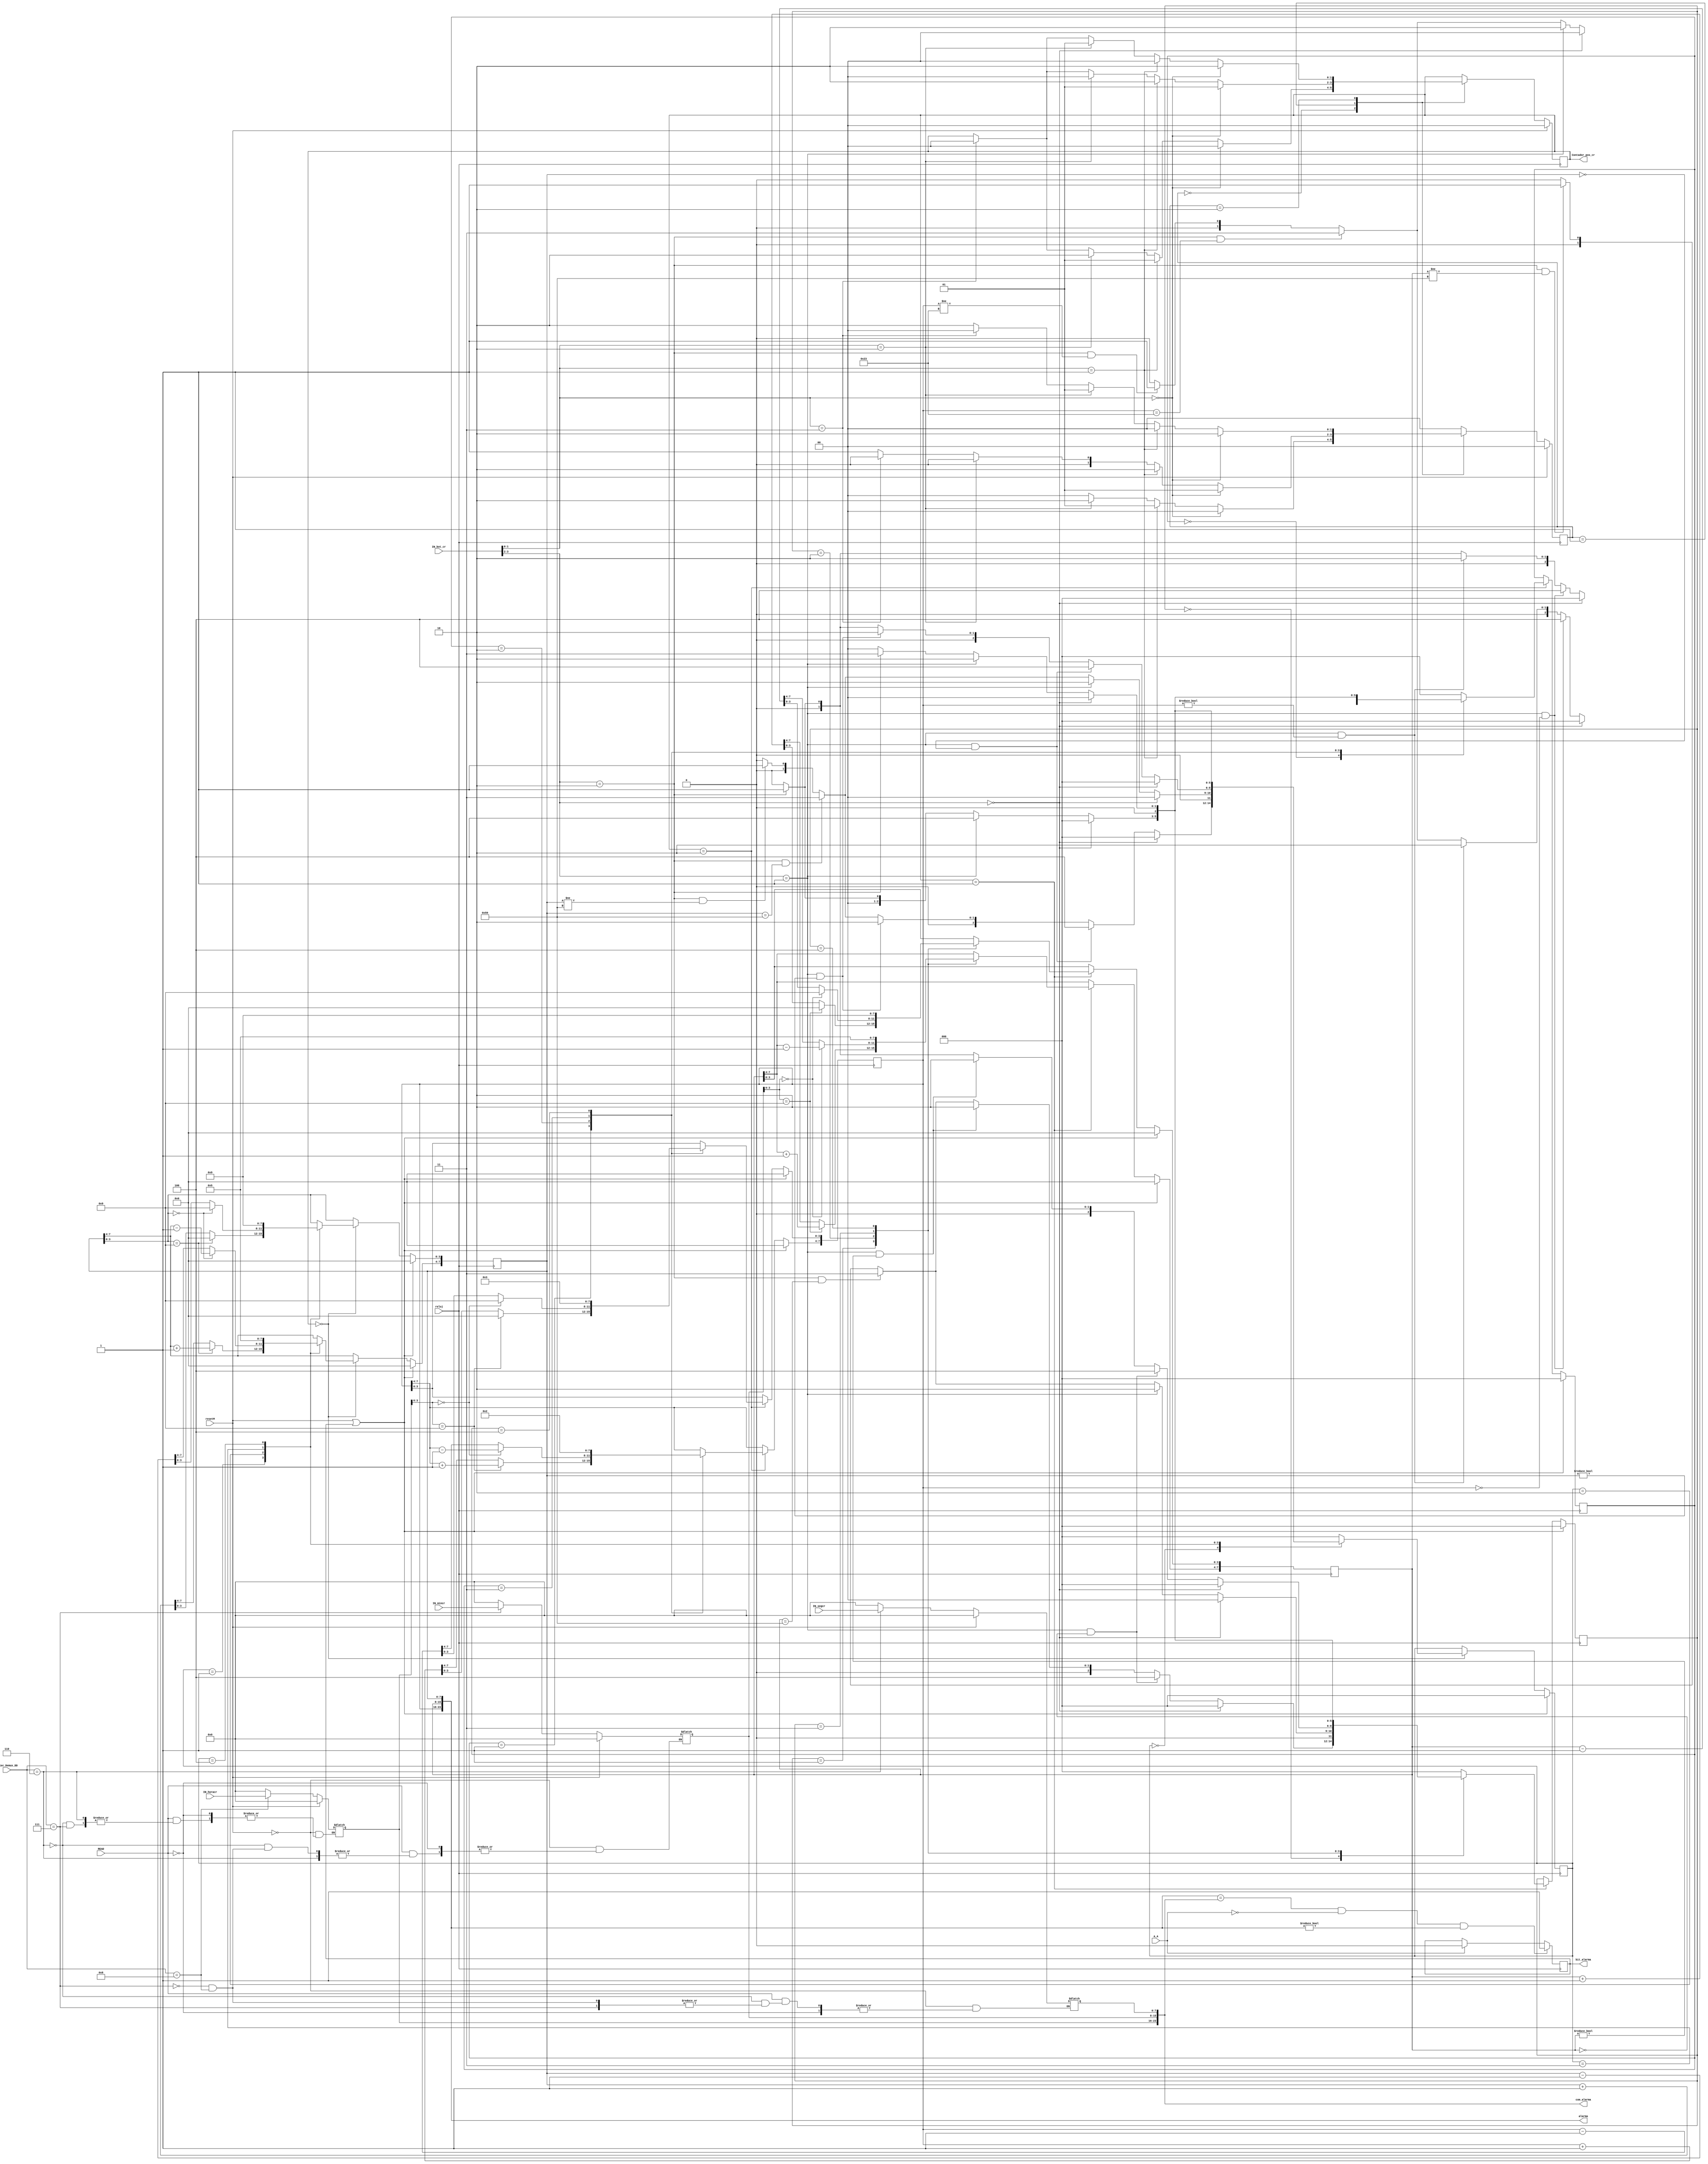
`timescale 1ns / 1ps
//////////////////////////////////////////////////////////////////////////////////
// Company: 
// Engineer: 
// 
// Design Name: 
// Module Name: bloque_crono
// Project Name: 
// Target Devices: 
// Tool Versions: 
// Description: 
// 
// Dependencies: 
// 
// Revision:
// Revision 0.01 - File Created
// Additional Comments:
// 
//////////////////////////////////////////////////////////////////////////////////


module bloque_crono(

output wire [23:0] alarma,
output wire [23:0] com_alarma,
output wire bit_alarma,
 output [1:0] Contador_pos_cr,

input wire [3:0] Selec_Demux_DD,
input wire [7:0] IN_segcr,
input wire [7:0] IN_mincr,
input wire [7:0] IN_horacr,
input wire reloj,
input wire resetM,
input wire [3:0] IN_bot_cr,
input A_A,
input READ


    );
 
 
 
 
 
 
 
 
 
 
  
 reg [7:0] dato_segcr = 8'd0;
 reg [7:0] dato_mincr = 8'd0;
 reg [7:0] dato_horacr = 8'd0; 
 reg [7:0] in_segcr;
 reg [7:0] in_mincr;
 reg [7:0] in_horacr;
 reg BIT_alarma = 0;
 
 reg [1:0] contador_pos_cr=0;
 reg [2:0] sel_dato_hora=0;


 
 


 
 
    
 assign Contador_pos_cr = contador_pos_cr;
 assign bit_alarma = BIT_alarma;

  






always @(resetM,READ,Selec_Demux_DD,IN_segcr,IN_mincr,IN_horacr)

begin

    if(resetM)
    
    begin
        
        in_segcr <= 0;
        in_mincr <= 0;
        in_horacr <= 0;
        
        
    end

    else if (READ == 0)
    begin
    
    in_segcr <= in_segcr;
    in_mincr <= in_mincr;
    in_horacr <= in_horacr;
    
    
    end

    else if (Selec_Demux_DD == 4'h6)
        begin
        in_segcr <= IN_segcr;
        end
        
     else if (Selec_Demux_DD == 4'h7)
        begin
        in_mincr <= IN_mincr;
        
        end
       
     else if (Selec_Demux_DD == 4'h8)
        begin
        in_horacr <= IN_horacr;
        end
        
    else 
    begin
    
    in_segcr <= 0;
    in_mincr <= 0;
    in_horacr <= 0;
    
    end


end


//// maquina para posicion

   parameter estado_0_poscr = 2'b00;
   parameter estado_1_poscr = 2'b01;
   parameter estado_2_poscr = 2'b10;
  

   reg [1:0] estado_poscr = estado_0_poscr;

   always @(posedge reloj)
      if (resetM) begin
         estado_poscr <= estado_0_poscr;
         contador_pos_cr <= 0;
      end
      else
      begin
         case (estado_poscr)
         
         
            estado_0_poscr : begin
            
               if (IN_bot_cr [1:0] == 2'b00)
                begin
                  estado_poscr <= estado_0_poscr;
                  contador_pos_cr <= 0;
                end
                
               else if (IN_bot_cr [1:0] == 2'b01)
                begin
                  estado_poscr <= estado_1_poscr;
                  contador_pos_cr <= 1;
                  end
                  
               else if (IN_bot_cr [1:0] == 2'b10)
                begin
                  estado_poscr <= estado_2_poscr;
                  contador_pos_cr <= 2;
                end   
               
               else if (IN_bot_cr [1:0] == 2'b11)
                begin
                  estado_poscr <= estado_0_poscr;
                  contador_pos_cr <= 0;
                end    
                  
               else
                  estado_poscr <= estado_0_poscr;
              
            end
            
            
            estado_1_poscr : begin
            
                          if (IN_bot_cr [1:0] == 2'b00)
                            begin
                              estado_poscr <= estado_1_poscr;
                              contador_pos_cr <= 1;
                            end
                            
                           else if (IN_bot_cr [1:0] == 2'b01)
                            begin
                              estado_poscr <= estado_2_poscr;
                              contador_pos_cr <= 2;
                              end
                              
                           else if (IN_bot_cr [1:0] == 2'b10)
                            begin
                              estado_poscr <= estado_0_poscr;
                              contador_pos_cr <= 0;
                            end   
                           
                           else if (IN_bot_cr [1:0] == 2'b11)
                            begin
                              estado_poscr <= estado_0_poscr;
                              contador_pos_cr <= 0;
                            end    
                              
                           else
                              estado_poscr <= estado_1_poscr; 
               
            end
            
            estado_2_poscr : begin
            
                          if (IN_bot_cr [1:0] == 2'b00)
                            begin
                              estado_poscr <= estado_2_poscr;
                              contador_pos_cr <= 2;
                            end
                            
                           else if (IN_bot_cr [1:0] == 2'b01)
                            begin
                              estado_poscr <= estado_0_poscr;
                              contador_pos_cr <= 0;
                              end
                              
                           else if (IN_bot_cr [1:0] == 2'b10)
                            begin
                              estado_poscr <= estado_1_poscr;
                              contador_pos_cr <= 1;
                            end   
                           
                           else if (IN_bot_cr [1:0] == 2'b11)
                            begin
                              estado_poscr <= estado_0_poscr;
                              contador_pos_cr <= 0;
                            end    
                              
                           else
                              estado_poscr <= estado_2_poscr;
            end
            
            default : begin  // Fault Recovery
               estado_poscr <= estado_0_poscr;
               contador_pos_cr <= contador_pos_cr;
            end
         endcase

end











   parameter estado_0_segcr = 3'b000;
   parameter estado_1_segcr = 3'b001;
   parameter estado_2_segcr = 3'b010;
   parameter estado_3_segcr = 3'b011;
   parameter estado_4_segcr = 3'b100;
  

   reg [2:0] estado_segcr = estado_0_segcr;

   always @(posedge reloj)
      if (resetM || BIT_alarma) begin
         dato_segcr <= 8'h00;
         estado_segcr <= estado_0_segcr;
          
      end
      else if (contador_pos_cr == 0)
 	begin
         case (estado_segcr)
         
         
            estado_0_segcr : begin
            
               if (IN_bot_cr [3:2] == 2'b00)
                begin
                 estado_segcr <= estado_0_segcr;
                end
                
               else if (IN_bot_cr [3:2] == 2'b01 && dato_segcr == 8'h00)
                begin
                  estado_segcr <= estado_4_segcr;
                  end
                  
               else if (IN_bot_cr [3:2] == 2'b01 && dato_segcr != 8'h00)
                begin
                    estado_segcr <= estado_2_segcr;
 
                end   
               
               else if (IN_bot_cr [3:2] == 2'b10 && dato_segcr == 8'h59)
                begin
                  estado_segcr <= estado_3_segcr;
           
                end    
                  
              else if (IN_bot_cr [3:2] == 2'b10 && dato_segcr != 8'h59)
                 begin
                   estado_segcr <= estado_1_segcr;
                           
                  end                 
                  
             else if (IN_bot_cr [3:2] == 2'b11)
               begin
                 estado_segcr <= estado_0_segcr;
                             
               end                  
                  
               else
                  estado_segcr <= estado_0_segcr;
                  
               begin
                  dato_segcr <= dato_segcr;
               end   
              
            end
            
            
            estado_1_segcr : begin
            
                          if (IN_bot_cr [3:2] == 2'b00)
                            begin
                              estado_segcr <= estado_0_segcr;
                            end
                            
                           else if (IN_bot_cr [3:2] == 2'b01)
                            begin
                             estado_segcr <= estado_2_segcr; 
                              end
                              
                           else if (IN_bot_cr [3:2] == 2'b10  && dato_segcr == 8'h59)
                            begin
                             estado_segcr <= estado_3_segcr;
                             
                            end  
                            
                          else if (IN_bot_cr [3:2] == 2'b10  && dato_segcr != 8'h59)
                            begin
                             estado_segcr <= estado_1_segcr;
                                                        
                            end                             
                           
                           else if (IN_bot_cr [3:2] == 2'b11)
                            begin
                              estado_segcr <= estado_0_segcr;
                            end    
                              
                           else
                              estado_segcr <= estado_0_segcr;
                              
                              begin
 		              if (dato_segcr[3:0] == 4'h9)
                                begin
                                dato_segcr[7:4] <= dato_segcr[7:4] +1;
                                dato_segcr[3:0] <= 4'h0;
                                end
                              else
                                dato_segcr <= dato_segcr +1;
                              end
               
            end
            
            estado_2_segcr : begin
            
                          if (IN_bot_cr [3:2] == 2'b00)
                            begin
                               estado_segcr <= estado_0_segcr;
                            end
                            
                           else if (IN_bot_cr [3:2] == 2'b01 && dato_segcr == 8'h00)
                            begin
                              estado_segcr <= estado_4_segcr;
                              end
                              
                           else if (IN_bot_cr [3:2] == 2'b01 && dato_segcr != 8'h00)
                            begin
                              estado_segcr <= estado_2_segcr;
                            end   
                           
                           else if (IN_bot_cr [3:2] == 2'b10)
                            begin
                              estado_segcr <= estado_1_segcr;
                            end                           
                           
                           else if (IN_bot_cr [3:2] == 2'b11)
                            begin
                              estado_segcr <= estado_0_segcr;
                            end    
                              
                           else
                              estado_segcr <= estado_0_segcr;
                              begin
                              
                              if (dato_segcr[3:0] == 4'h0)
                                begin
                                dato_segcr[7:4] <= dato_segcr[7:4] - 1;
                                dato_segcr[3:0] <= 4'h9;
                                end
                              else
                                dato_segcr <= dato_segcr- 1;

                              end
            end
            
            
            estado_3_segcr : begin
                        
                           if (IN_bot_cr [3:2] == 2'b00)
                            begin
                             estado_segcr <= estado_0_segcr;
                            end

                           else if (IN_bot_cr [3:2] == 2'b01 )
                            begin
                                estado_segcr <= estado_4_segcr;
                             
                            end   
                           
                           else if (IN_bot_cr [3:2] == 2'b10 )
                            begin
                              estado_segcr <= estado_1_segcr;
                       
                            end    
        
                         else if (IN_bot_cr [3:2] == 2'b11)
                           begin
                             estado_segcr <= estado_0_segcr;
                                         
                           end                  
                              
                           else
                              estado_segcr <= estado_0_segcr;
                              begin
                              dato_segcr <= 8'h00;
                              end
                              
                          
                        end            
            
            
            estado_4_segcr : begin
                                    
                            if (IN_bot_cr [3:2] == 2'b00)
                            begin
                              estado_segcr <= estado_0_segcr;
                            end
                 
                            else if (IN_bot_cr [3:2] == 2'b01)
                            begin
                              estado_segcr <= estado_2_segcr;
                                          
                            end   
                                       
                            else if (IN_bot_cr [3:2] == 2'b10)
                            begin
                            estado_segcr <= estado_3_segcr;
                                   
                            end    
                          
                            else if (IN_bot_cr [3:2] == 2'b11)
                            begin
                            estado_segcr <= estado_0_segcr;
                            end                  
                                          
                            else
                            estado_segcr <= estado_0_segcr;
                            begin
                            dato_segcr <= 8'h59;
                            end
                                          
                                      
                          end            

            
            default : begin  // Fault Recovery
               estado_segcr <= estado_0_segcr;
               dato_segcr <= dato_segcr;
            end
         endcase

end

else 
     dato_segcr <= dato_segcr;
     
     
     
     
     parameter estado_0_mincr = 3'b000;
     parameter estado_1_mincr = 3'b001;
     parameter estado_2_mincr = 3'b010;
     parameter estado_3_mincr = 3'b011;
     parameter estado_4_mincr = 3'b100;
    
  
     reg [2:0] estado_mincr = estado_0_mincr;
  
     always @(posedge reloj)
        if (resetM || BIT_alarma) begin
           dato_mincr <= 8'h00;
           estado_mincr <= estado_0_mincr;
           
        end
        else if (contador_pos_cr == 1)
       begin
           case (estado_mincr)
           
           
              estado_0_mincr : begin
              
                 if (IN_bot_cr [3:2] == 2'b00)
                  begin
                   estado_mincr <= estado_0_mincr;
                  end
                  
                 else if (IN_bot_cr [3:2] == 2'b01 && dato_mincr == 8'h00)
                  begin
                    estado_mincr <= estado_4_mincr;
                    end
                    
                 else if (IN_bot_cr [3:2] == 2'b01 && dato_mincr != 8'h00)
                  begin
                      estado_mincr <= estado_2_mincr;
   
                  end   
                 
                 else if (IN_bot_cr [3:2] == 2'b10 && dato_mincr == 8'h59)
                  begin
                    estado_mincr <= estado_3_mincr;
             
                  end    
                    
                else if (IN_bot_cr [3:2] == 2'b10 && dato_mincr != 8'h59)
                   begin
                     estado_mincr <= estado_1_mincr;
                             
                    end                 
                    
               else if (IN_bot_cr [3:2] == 2'b11)
                 begin
                   estado_mincr <= estado_0_mincr;
                               
                 end                  
                    
                 else
                    estado_mincr <= estado_0_mincr;
                    
                 begin
                    dato_mincr <= dato_mincr;
                 end   
                
              end
              
              
              estado_1_mincr : begin
              
                            if (IN_bot_cr [3:2] == 2'b00)
                              begin
                                estado_mincr <= estado_0_mincr;
                              end
                              
                             else if (IN_bot_cr [3:2] == 2'b01)
                              begin
                               estado_mincr <= estado_2_mincr; 
                                end
                                
                             else if (IN_bot_cr [3:2] == 2'b10  && dato_mincr == 8'h59)
                              begin
                               estado_mincr <= estado_3_mincr;
                               
                              end  
                              
                            else if (IN_bot_cr [3:2] == 2'b10  && dato_mincr != 8'h59)
                              begin
                               estado_mincr <= estado_1_mincr;
                                                          
                              end                             
                             
                             else if (IN_bot_cr [3:2] == 2'b11)
                              begin
                                estado_mincr <= estado_0_mincr;
                              end    
                                
                             else
                                estado_mincr <= estado_0_mincr;
                                
                                begin
                         if (in_mincr[3:0] == 4'h9)
                                  begin
                                  dato_mincr[7:4] <= dato_mincr[7:4] +1;
                                  dato_mincr[3:0] <= 4'h0;
                                  end
                                else
                                  dato_mincr <= dato_mincr +1;
                                end
                 
              end
              
              estado_2_mincr : begin
              
                            if (IN_bot_cr [3:2] == 2'b00)
                              begin
                                 estado_mincr <= estado_0_mincr;
                              end
                              
                             else if (IN_bot_cr [3:2] == 2'b01 && dato_mincr == 8'h00)
                              begin
                                estado_mincr <= estado_4_mincr;
                                end
                                
                             else if (IN_bot_cr [3:2] == 2'b01 && dato_mincr != 8'h00)
                              begin
                                estado_mincr <= estado_2_mincr;
                              end   
                             
                             else if (IN_bot_cr [3:2] == 2'b10)
                              begin
                                estado_mincr <= estado_1_mincr;
                              end                           
                             
                             else if (IN_bot_cr [3:2] == 2'b11)
                              begin
                                estado_mincr <= estado_0_mincr;
                              end    
                                
                             else
                                estado_mincr <= estado_0_mincr;
                                begin
                                
                                if (in_mincr[3:0] == 4'h0)
                                  begin
                                  dato_mincr[7:4] <= dato_mincr[7:4] - 1;
                                  dato_mincr[3:0] <= 4'h9;
                                  end
                                else
                                  dato_mincr <= dato_mincr - 1;
  
                                end
              end
              
              
              estado_3_mincr : begin
                          
                             if (IN_bot_cr [3:2] == 2'b00)
                              begin
                               estado_mincr <= estado_0_mincr;
                              end
  
                             else if (IN_bot_cr [3:2] == 2'b01 )
                              begin
                                  estado_mincr <= estado_4_mincr;
                               
                              end   
                             
                             else if (IN_bot_cr [3:2] == 2'b10 )
                              begin
                                estado_mincr <= estado_1_mincr;
                         
                              end    
          
                           else if (IN_bot_cr [3:2] == 2'b11)
                             begin
                               estado_mincr <= estado_0_mincr;
                                           
                             end                  
                                
                             else
                                estado_mincr <= estado_0_mincr;
                                begin
                                dato_mincr <= 8'h00;
                                end
                                
                            
                          end            
              
              
              estado_4_mincr : begin
                                      
                              if (IN_bot_cr [3:2] == 2'b00)
                              begin
                                estado_mincr <= estado_0_mincr;
                              end
                   
                              else if (IN_bot_cr [3:2] == 2'b01)
                              begin
                                estado_mincr <= estado_2_mincr;
                                            
                              end   
                                         
                              else if (IN_bot_cr [3:2] == 2'b10)
                              begin
                              estado_mincr <= estado_3_mincr;
                                     
                              end    
                            
                              else if (IN_bot_cr [3:2] == 2'b11)
                              begin
                              estado_mincr <= estado_0_mincr;
                              end                  
                                            
                              else
                              estado_mincr <= estado_0_mincr;
                              begin
                              dato_mincr <= 8'h59;
                              end
                                            
                                        
                            end            
  
              
              default : begin  // Fault Recovery
                 estado_mincr <= estado_0_mincr;
                 dato_mincr <= dato_mincr;
              end
           endcase
  
  end
  
  else 
       dato_mincr <= dato_mincr;     



   parameter estado_0_horacr = 3'b000;
   parameter estado_1_horacr = 3'b001;
   parameter estado_2_horacr = 3'b010;
   parameter estado_3_horacr = 3'b011;
   parameter estado_4_horacr = 3'b100;
  

   reg [2:0] estado_horacr = estado_0_horacr;

   always @(posedge reloj)
      if (resetM || BIT_alarma) begin
         dato_horacr <= 8'h00;
         estado_horacr <= estado_0_horacr;
          
      end
      else if (contador_pos_cr == 2)
 	begin
         case (estado_horacr)
         
         
            estado_0_horacr : begin
            
               if (IN_bot_cr [3:2] == 2'b00)
                begin
                 estado_horacr <= estado_0_horacr;
                end
                
               else if (IN_bot_cr [3:2] == 2'b01 && dato_horacr == 8'h00)
                begin
                  estado_horacr <= estado_4_horacr;
                  end
                  
               else if (IN_bot_cr [3:2] == 2'b01 && dato_horacr != 8'h00)
                begin
                    estado_horacr <= estado_2_horacr;
 
                end   
               
               else if (IN_bot_cr [3:2] == 2'b10 && dato_horacr == 8'h23)
                begin
                  estado_horacr <= estado_3_horacr;
           
                end    
                  
              else if (IN_bot_cr [3:2] == 2'b10 && dato_horacr != 8'h23)
                 begin
                   estado_horacr <= estado_1_horacr;
                           
                  end                 
                  
             else if (IN_bot_cr [3:2] == 2'b11)
               begin
                 estado_horacr <= estado_0_horacr;
                             
               end                  
                  
               else
                  estado_horacr <= estado_0_horacr;
                  
               begin
                  dato_horacr <= dato_horacr;
               end   
              
            end
            
            
            estado_1_horacr : begin
            
                          if (IN_bot_cr [3:2] == 2'b00)
                            begin
                              estado_horacr <= estado_0_horacr;
                            end
                            
                           else if (IN_bot_cr [3:2] == 2'b01)
                            begin
                             estado_horacr <= estado_2_horacr; 
                              end
                              
                           else if (IN_bot_cr [3:2] == 2'b10  && dato_horacr == 8'h23)
                            begin
                             estado_horacr <= estado_3_horacr;
                             
                            end  
                            
                          else if (IN_bot_cr [3:2] == 2'b10  && dato_horacr != 8'h23)
                            begin
                             estado_horacr <= estado_1_horacr;
                                                        
                            end                             
                           
                           else if (IN_bot_cr [3:2] == 2'b11)
                            begin
                              estado_horacr <= estado_0_horacr;
                            end    
                              
                           else
                              estado_horacr <= estado_0_horacr;
                              
                              begin
 		              if (in_horacr[3:0] == 4'h9)
                                begin
                                dato_horacr[7:4] <= dato_horacr[7:4] +1;
                                dato_horacr[3:0] <= 4'h0;
                                end
                              else
                                dato_horacr <= dato_horacr +1;
                              end
               
            end
            
            estado_2_horacr : begin
            
                          if (IN_bot_cr [3:2] == 2'b00)
                            begin
                               estado_horacr <= estado_0_horacr;
                            end
                            
                           else if (IN_bot_cr [3:2] == 2'b01 && dato_horacr == 8'h00)
                            begin
                              estado_horacr <= estado_4_horacr;
                              end
                              
                           else if (IN_bot_cr [3:2] == 2'b01 && dato_horacr != 8'h00)
                            begin
                              estado_horacr <= estado_2_horacr;
                            end   
                           
                           else if (IN_bot_cr [3:2] == 2'b10)
                            begin
                              estado_horacr <= estado_1_horacr;
                            end                           
                           
                           else if (IN_bot_cr [3:2] == 2'b11)
                            begin
                              estado_horacr <= estado_0_horacr;
                            end    
                              
                           else
                              estado_horacr <= estado_0_horacr;
                              begin
                              
                              if (in_horacr[3:0] == 4'h0)
                                begin
                                dato_horacr[7:4] <= dato_horacr[7:4] - 1;
                                dato_horacr[3:0] <= 4'h9;
                                end
                              else
                                dato_horacr <= dato_horacr - 1;

                              end
            end
            
            
            estado_3_horacr : begin
                        
                           if (IN_bot_cr [3:2] == 2'b00)
                            begin
                             estado_horacr <= estado_0_horacr;
                            end

                           else if (IN_bot_cr [3:2] == 2'b01 )
                            begin
                                estado_horacr <= estado_4_horacr;
                             
                            end   
                           
                           else if (IN_bot_cr [3:2] == 2'b10 )
                            begin
                              estado_horacr <= estado_1_horacr;
                       
                            end    
        
                         else if (IN_bot_cr [3:2] == 2'b11)
                           begin
                             estado_horacr <= estado_0_horacr;
                                         
                           end                  
                              
                           else
                              estado_horacr <= estado_0_horacr;
                              begin
                              dato_horacr <= 8'h00;
                              end
                              
                          
                        end            
            
            
            estado_4_horacr : begin
                                    
                            if (IN_bot_cr [3:2] == 2'b00)
                            begin
                              estado_horacr <= estado_0_horacr;
                            end
                 
                            else if (IN_bot_cr [3:2] == 2'b01)
                            begin
                              estado_horacr <= estado_2_horacr;
                                          
                            end   
                                       
                            else if (IN_bot_cr [3:2] == 2'b10)
                            begin
                            estado_horacr <= estado_3_horacr;
                                   
                            end    
                          
                            else if (IN_bot_cr [3:2] == 2'b11)
                            begin
                            estado_horacr <= estado_0_horacr;
                            end                  
                                          
                            else
                            estado_horacr <= estado_0_horacr;
                            begin
                            dato_horacr <= 8'h23;
                            end
                                          
                                      
                          end            

            
            default : begin  // Fault Recovery
               estado_horacr <= estado_0_horacr;
               dato_horacr <= dato_horacr;
            end
         endcase

end

else 
     dato_horacr <= dato_horacr;

    

  

assign alarma = {dato_horacr,dato_mincr,dato_segcr};
assign com_alarma = {in_horacr,in_mincr,in_segcr};          
            

always @(posedge reloj)   
begin

if (alarma == com_alarma && A_A == 0 && alarma!=0)
    begin
    BIT_alarma <= 1'b1;
   
    end
    
else if (A_A == 1)   
    BIT_alarma <= 1'b0;
    
else 
    BIT_alarma <= BIT_alarma;
    
end        
            
            


   
    
    
    
    
    
    
    
    
    
    
    
    
    
    
    
    
    
    
    
    
    
    
    
    
    
    
    
    
    
endmodule